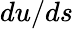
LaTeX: du/ds